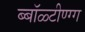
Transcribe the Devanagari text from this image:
ब्बॉळ्टीण्ग्ग